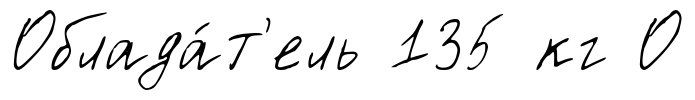
Облада́т'ель 135 кг О